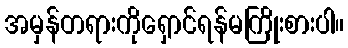
အမှန်တရားကိုရှောင်ရန်မကြိုးစားပါ။